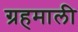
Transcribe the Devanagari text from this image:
ग्रहमाली